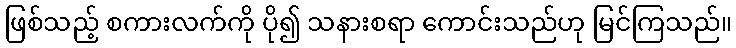
ဖြစ်သည့် စကားလက်ကို ပို၍ သနားစရာ ကောင်းသည်ဟု မြင်ကြသည်။